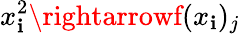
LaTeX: x_{\mathbf{i}}^{2}\rightarrowf(x_{\mathbf{i}})_{j}